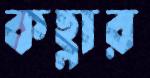
কহ্লার